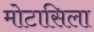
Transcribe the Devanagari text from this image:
मोटासिला